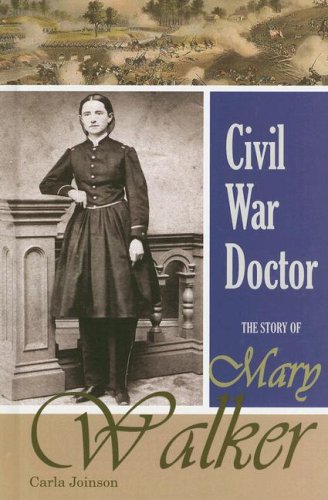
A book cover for Civil War Doctor: The Story of Mary Walker (Social Critics and Reformers); Carla Joinson; Teen & Young Adult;